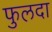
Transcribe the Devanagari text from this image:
फुलदा